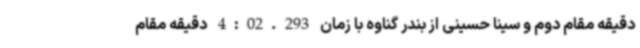
دقیقه مقام دوم و سینا حسینی از بندر گناوه با زمان 4:02.293 دقیقه مقام